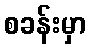
စခန်းမှာ